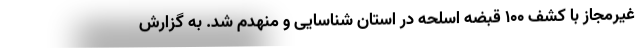
غیرمجاز با کشف ۱۰۰ قبضه اسلحه در استان شناسایی و منهدم شد. به گزارش